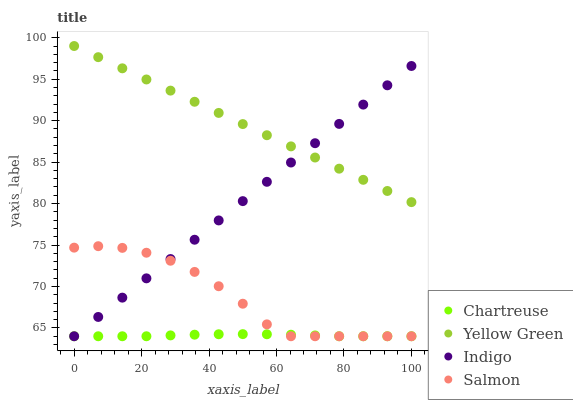
| xaxis_label | Chartreuse | Yellow Green | Indigo | Salmon |
 | --- | --- | --- | --- | --- |
 | 0 | 64 | 99 | 64 | 74.7 |
 | 7.14 | 64 | 97.7 | 66.3 | 74.9 |
 | 14.3 | 64 | 96.3 | 68.7 | 74.7 |
 | 21.4 | 64 | 95 | 71 | 74.1 |
 | 28.6 | 64.1 | 93.6 | 73.3 | 73.1 |
 | 35.7 | 64.2 | 92.3 | 75.6 | 71.8 |
 | 42.9 | 64.2 | 90.9 | 78 | 70 |
 | 50 | 64.3 | 89.6 | 80.3 | 67.9 |
 | 57.1 | 64.2 | 88.2 | 82.6 | 65.4 |
 | 64.3 | 64.2 | 86.9 | 85 | 64 |
 | 71.4 | 64.1 | 85.6 | 87.3 | 64 |
 | 78.6 | 64 | 84.2 | 89.6 | 64 |
 | 85.7 | 64 | 82.9 | 91.9 | 64 |
 | 92.9 | 64 | 81.5 | 94.3 | 64 |
 | 100 | 64 | 80.2 | 96.6 | 64 |